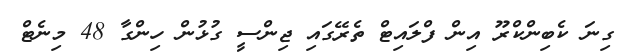
ގިނަ ކެބިންކްރޫ އިން ފްލައިޓް ތެރޭގައި ޖިންސީ ގުޅުން ހިންގާ 48 މިނެޓް